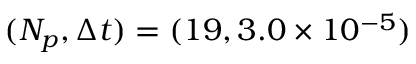
( N _ { p } , \Delta t ) = ( 1 9 , 3 . 0 \times 1 0 ^ { - 5 } )